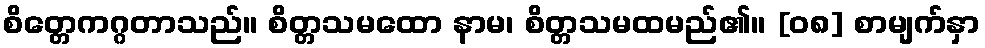
စိတ္တေကဂ္ဂတာသည်။ စိတ္တသမထော နာမ၊ စိတ္တသမထမည်၏။ [၀၈] စာမျက်နှာ